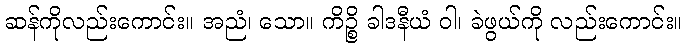
ဆန်ကိုလည်းကောင်း။ အညံ၊ သော။ ကိဉ္စိ ခါဒနီယံ ဝါ၊ ခဲဖွယ်ကို လည်းကောင်း။